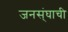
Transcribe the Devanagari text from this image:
जनस्ंघाची